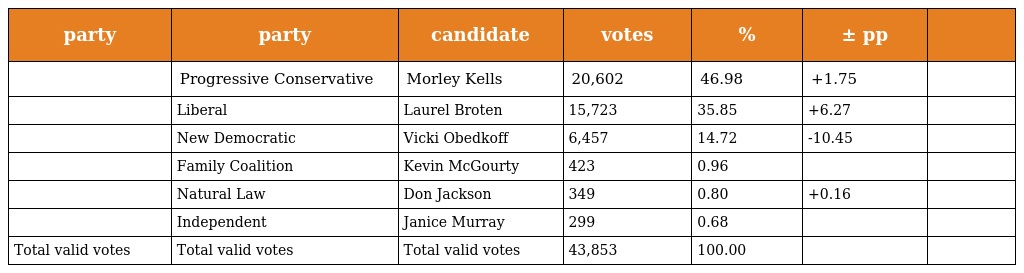
| party | party | candidate | votes | % | ± pp |  |
 | --- | --- | --- | --- | --- | --- | --- |
 |  | Progressive Conservative | Morley Kells | 20,602 | 46.98 | +1.75 |  |
 |  | Liberal | Laurel Broten | 15,723 | 35.85 | +6.27 |  |
 |  | New Democratic | Vicki Obedkoff | 6,457 | 14.72 | -10.45 |  |
 |  | Family Coalition | Kevin McGourty | 423 | 0.96 |  |  |
 |  | Natural Law | Don Jackson | 349 | 0.80 | +0.16 |  |
 |  | Independent | Janice Murray | 299 | 0.68 |  |  |
 | Total valid votes | Total valid votes | Total valid votes | 43,853 | 100.00 |  |  |